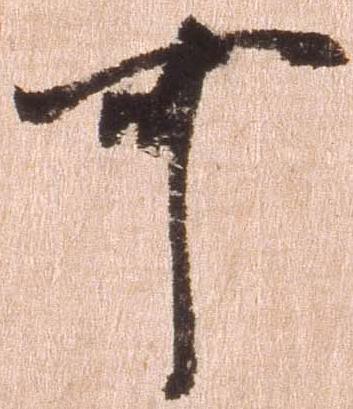
可